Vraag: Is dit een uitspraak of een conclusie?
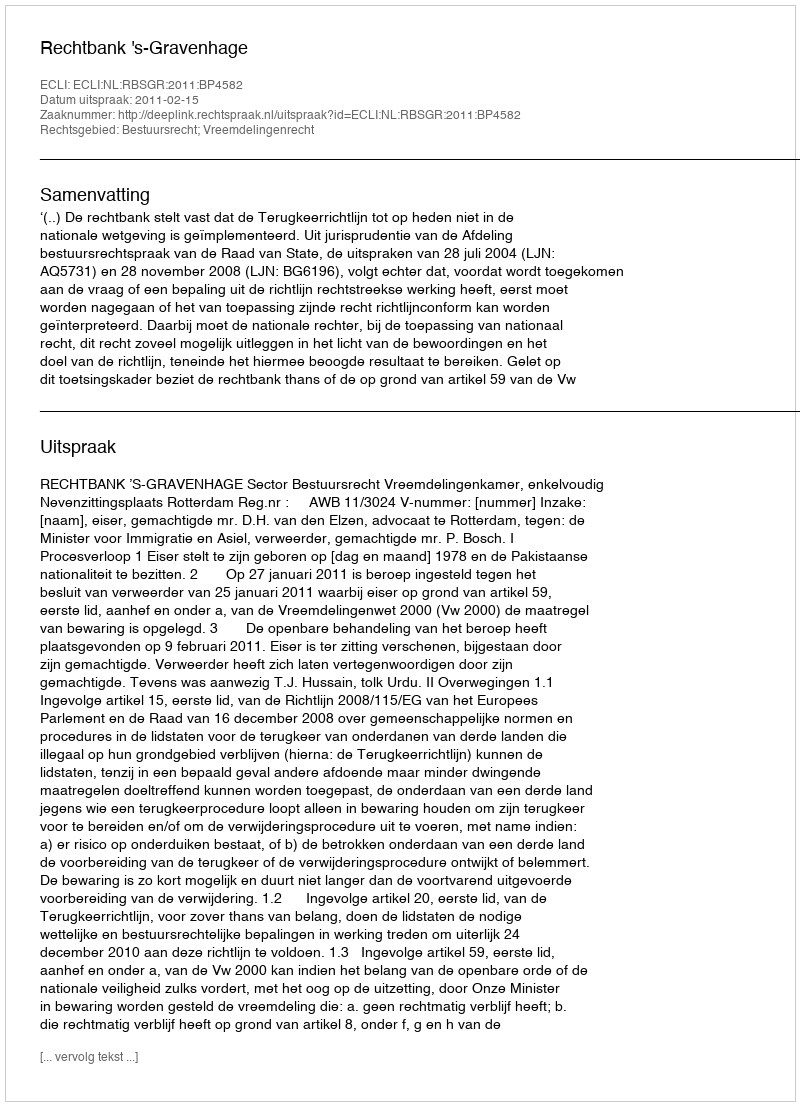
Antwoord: Uitspraak